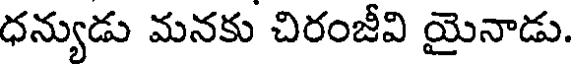
ధన్యుడు మనకు చిరంజీవి యైనాడు.